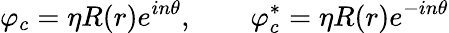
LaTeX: \varphi_{c}=\eta R(r)e^{in\theta},\qquad\varphi_{c}^{\ast}=\eta R(r)e^{-in\theta}